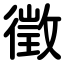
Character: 徵